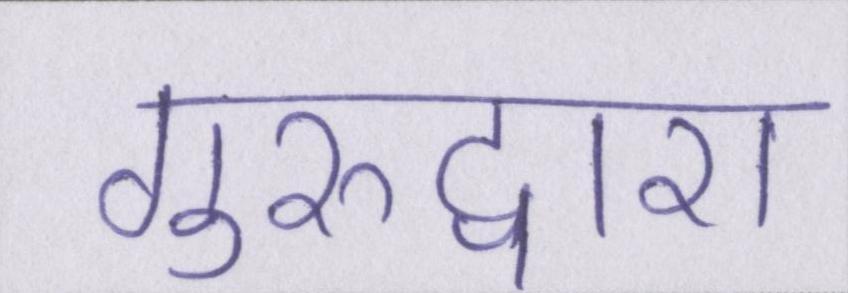
गुरुद्वारा